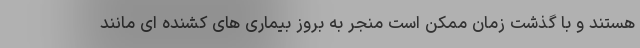
هستند و با گذشت زمان ممکن است منجر به بروز بیماری های کشنده ای مانند